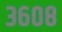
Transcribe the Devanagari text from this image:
३६०८